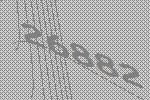
26882